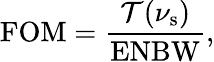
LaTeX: \mathrm{FOM}=\frac{\mathcal{T}({\nu}_{\mathrm{{s}}})}{\mathrm{ENBW}},